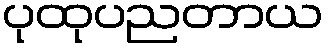
ပုထုပညတာယ